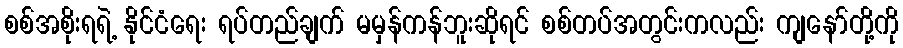
စစ်အစိုးရရဲ့ နိုင်ငံရေး ရပ်တည်ချက် မမှန်ကန်ဘူးဆိုရင် စစ်တပ်အတွင်းကလည်း ကျနော်တို့ကို